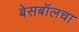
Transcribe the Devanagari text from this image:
बेसबॉलचा